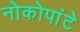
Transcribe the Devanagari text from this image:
नोकोपांटे